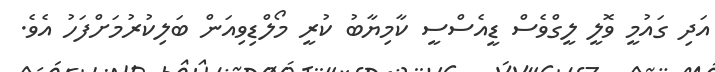
އަދި ގައުމީ ވޮލީ ލީގްވެސް ޑީއެސްސީ ކާމިޔާބު ކުރީ މޯލްޑިވިއަން ބަލިކުރުމަށްފަހު އެވެ.